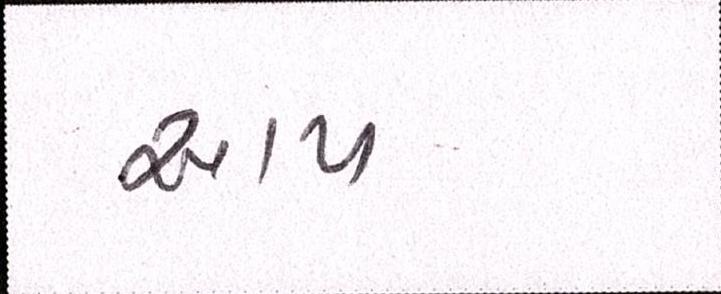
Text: આપ